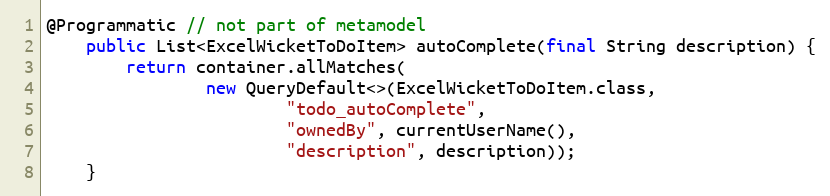
Language: Java
@Programmatic // not part of metamodel
    public List<ExcelWicketToDoItem> autoComplete(final String description) {
        return container.allMatches(
                new QueryDefault<>(ExcelWicketToDoItem.class,
                        "todo_autoComplete",
                        "ownedBy", currentUserName(),
                        "description", description));
    }